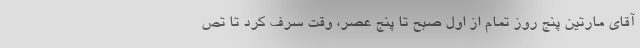
آقای مارتین پنج روز تمام از اول صبح تا پنج عصر، وقت سرف کرد تا تص